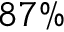
8 7 \%